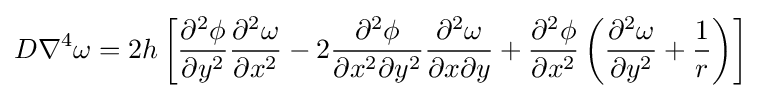
D\nabla ^{4}\omega =2h\left[{\frac {\partial ^{2}\phi }{\partial y^{2}}}{\frac {\partial ^{2}\omega }{\partial x^{2}}}-2{\frac {\partial ^{2}\phi }{\partial x^{2}\partial y^{2}}}{\frac {\partial ^{2}\omega }{\partial x\partial y}}+{\frac {\partial ^{2}\phi }{\partial x^{2}}}\left({\frac {\partial ^{2}\omega }{\partial y^{2}}}+{\frac {1}{r}}\right)\right]